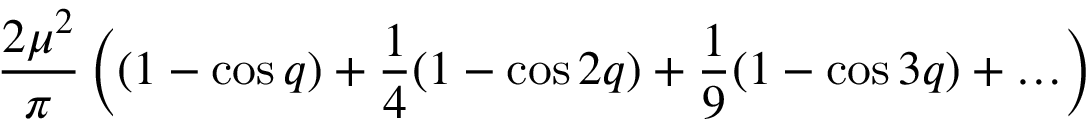
\frac { 2 \mu ^ { 2 } } { \pi } \left( ( 1 - \cos q ) + \frac { 1 } { 4 } ( 1 - \cos 2 q ) + \frac { 1 } { 9 } ( 1 - \cos 3 q ) + \ldots \right)